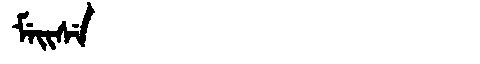
Manchu: ᠮᡝᡳᠰᡝ
Romanization: MEISE